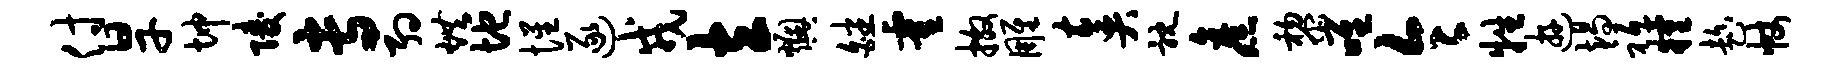
付旱坤陵专约烘地惺逐戎立燠皤霍撒雕奏耽旧黎唯令牲游竭祗粮趁帐